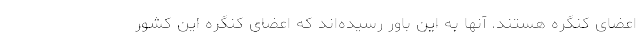
اعضای کنگره هستند. آنها به این باور رسیده‌اند که اعضای کنگره این کشور